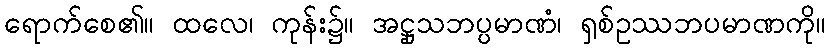
ရောက်စေ၏။ ထလေ၊ ကုန်း၌။ အဋ္ဌုသဘပ္ပမာဏံ၊ ရှစ်ဥဿဘပမာဏကို။